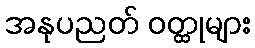
အနုပညတ် ဝတ္ထုများ